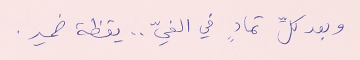
وبعد كلِّ تمادٍ في الغيّ .. يقظة ضمير.